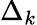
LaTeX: \Delta_{k}